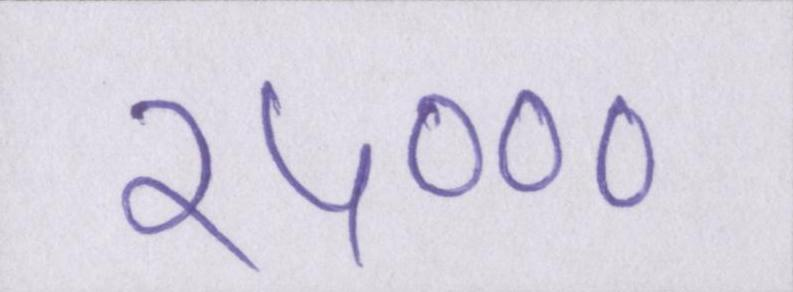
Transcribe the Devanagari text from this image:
२५०००